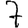
Digit: 7